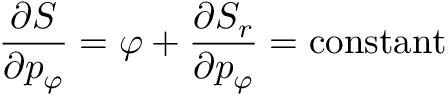
{ \frac { \partial S } { \partial p _ { \varphi } } } = \varphi + { \frac { \partial S _ { r } } { \partial p _ { \varphi } } } = \mathrm { c o n s t a n t }